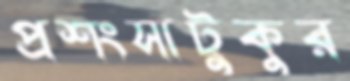
প্রশংসাটুকুর